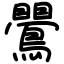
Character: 鷪